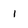
Character: i